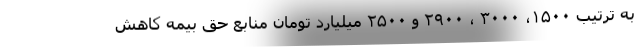
به ترتیب ۱۵۰۰، ۳۰۰۰ ، ۲۹۰۰ و ۲۵۰۰ میلیارد تومان منابع حق بیمه کاهش